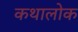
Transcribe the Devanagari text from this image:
कथालोक